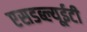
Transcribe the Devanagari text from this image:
एसडब्ल्यूईटी